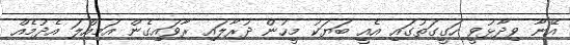
އޭނާ ވިދާޅުވީ ހަގީގަތުގައި އެއީ ބަޔަކު މީހުން ދުރާލައި ރާވައިގެން އަމިއްލަ އެދުމެއް